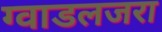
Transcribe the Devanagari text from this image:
ग्वाडलजरा